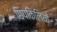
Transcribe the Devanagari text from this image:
छिपकिलियों